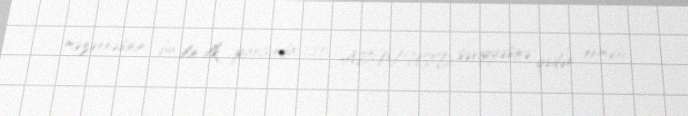
məzənnəsinin bu ilin ilk yarısında 1,80 AZN/USD səviyyəsinə qədər enməsi